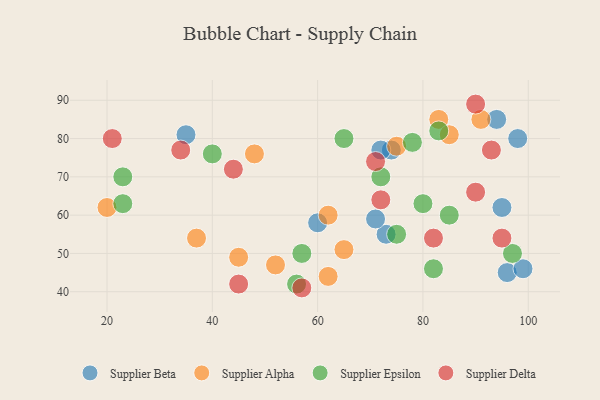
{"axis": {"x": "GDP", "y": "Life Expectancy"}, "legend": ["Supplier Alpha", "Supplier Beta", "Supplier Delta", "Supplier Epsilon"], "data": [{"x": "96", "y": 45, "type": "Supplier Beta"}, {"x": "95", "y": 62, "type": "Supplier Beta"}, {"x": "99", "y": 46, "type": "Supplier Beta"}, {"x": "73", "y": 55, "type": "Supplier Beta"}, {"x": "60", "y": 58, "type": "Supplier Beta"}, {"x": "35", "y": 81, "type": "Supplier Beta"}, {"x": "74", "y": 77, "type": "Supplier Beta"}, {"x": "71", "y": 59, "type": "Supplier Beta"}, {"x": "98", "y": 80, "type": "Supplier Beta"}, {"x": "94", "y": 85, "type": "Supplier Beta"}, {"x": "72", "y": 77, "type": "Supplier Beta"}, {"x": "37", "y": 54, "type": "Supplier Alpha"}, {"x": "52", "y": 47, "type": "Supplier Alpha"}, {"x": "62", "y": 60, "type": "Supplier Alpha"}, {"x": "75", "y": 78, "type": "Supplier Alpha"}, {"x": "83", "y": 85, "type": "Supplier Alpha"}, {"x": "65", "y": 51, "type": "Supplier Alpha"}, {"x": "91", "y": 85, "type": "Supplier Alpha"}, {"x": "48", "y": 76, "type": "Supplier Alpha"}, {"x": "62", "y": 44, "type": "Supplier Alpha"}, {"x": "45", "y": 49, "type": "Supplier Alpha"}, {"x": "85", "y": 81, "type": "Supplier Alpha"}, {"x": "20", "y": 62, "type": "Supplier Alpha"}, {"x": "23", "y": 63, "type": "Supplier Epsilon"}, {"x": "83", "y": 82, "type": "Supplier Epsilon"}, {"x": "78", "y": 79, "type": "Supplier Epsilon"}, {"x": "65", "y": 80, "type": "Supplier Epsilon"}, {"x": "97", "y": 50, "type": "Supplier Epsilon"}, {"x": "80", "y": 63, "type": "Supplier Epsilon"}, {"x": "23", "y": 70, "type": "Supplier Epsilon"}, {"x": "57", "y": 50, "type": "Supplier Epsilon"}, {"x": "40", "y": 76, "type": "Supplier Epsilon"}, {"x": "72", "y": 70, "type": "Supplier Epsilon"}, {"x": "82", "y": 46, "type": "Supplier Epsilon"}, {"x": "75", "y": 55, "type": "Supplier Epsilon"}, {"x": "56", "y": 42, "type": "Supplier Epsilon"}, {"x": "85", "y": 60, "type": "Supplier Epsilon"}, {"x": "21", "y": 80, "type": "Supplier Delta"}, {"x": "34", "y": 77, "type": "Supplier Delta"}, {"x": "93", "y": 77, "type": "Supplier Delta"}, {"x": "82", "y": 54, "type": "Supplier Delta"}, {"x": "72", "y": 64, "type": "Supplier Delta"}, {"x": "95", "y": 54, "type": "Supplier Delta"}, {"x": "45", "y": 42, "type": "Supplier Delta"}, {"x": "44", "y": 72, "type": "Supplier Delta"}, {"x": "90", "y": 66, "type": "Supplier Delta"}, {"x": "90", "y": 89, "type": "Supplier Delta"}, {"x": "57", "y": 41, "type": "Supplier Delta"}, {"x": "71", "y": 74, "type": "Supplier Delta"}]}